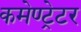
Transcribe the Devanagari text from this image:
कमेण्ट्रेटर